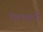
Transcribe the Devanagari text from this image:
देवभवनों